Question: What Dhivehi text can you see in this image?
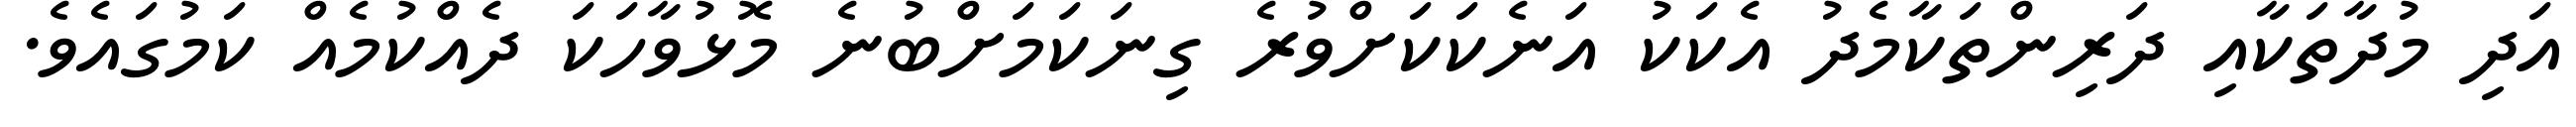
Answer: އަދި މުދާތަކާއި ދަރިންތަކާމެދު އެކަކު އަނެކަކަށްވުރެ ގިނަކަމަށްބުނެ މޮޅުވާހަކަ ދެއްކުމެއް ކަމުގައެވެ.